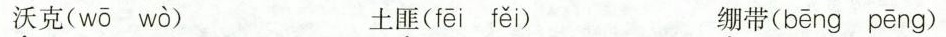
沃克( wō wò ) 土匪( fēi fěi ) 绷带( bēng pēng )